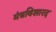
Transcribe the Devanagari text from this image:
मंत्रविशारद